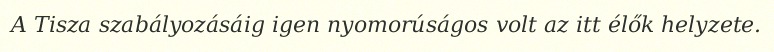
A Tisza szabályozásáig igen nyomorúságos volt az itt élők helyzete.